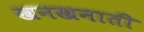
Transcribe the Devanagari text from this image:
खनखनाती